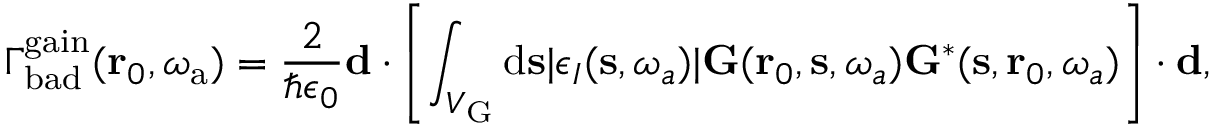
\Gamma _ { \mathrm { b a d } } ^ { \mathrm { g a i n } } ( \mathbf { r } _ { 0 } , \omega _ { \mathrm { a } } ) = \frac { 2 } { \hbar \epsilon _ { 0 } } \mathbf { d } \cdot \left[ \int _ { V _ { \mathrm { G } } } { \mathrm d } { \bf s } | \epsilon _ { I } ( \mathbf { s } , \omega _ { a } ) | \mathbf { G } ( \mathbf { r } _ { 0 } , \mathbf { s } , \omega _ { a } ) \mathbf { G } ^ { * } ( \mathbf { s } , \mathbf { r } _ { 0 } , \omega _ { a } ) \right] \cdot \mathbf { d } ,